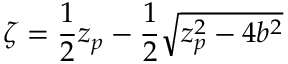
\zeta = \frac { 1 } { 2 } z _ { p } - \frac { 1 } { 2 } \sqrt { z _ { p } ^ { 2 } - 4 b ^ { 2 } }